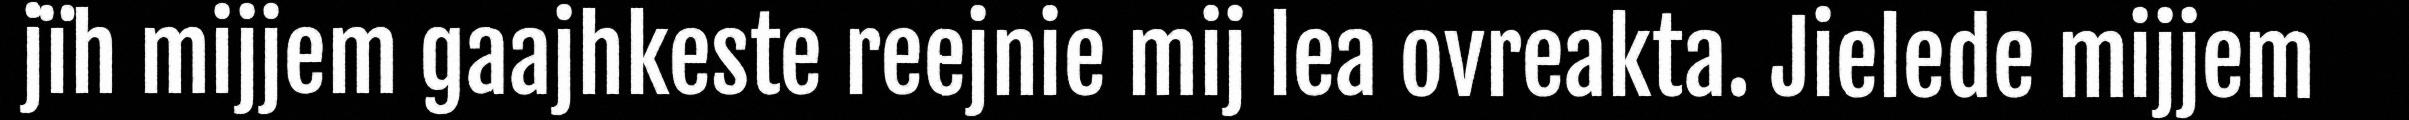
jïh mijjem gaajhkeste reejnie mij lea ovreakta. Jielede mijjem